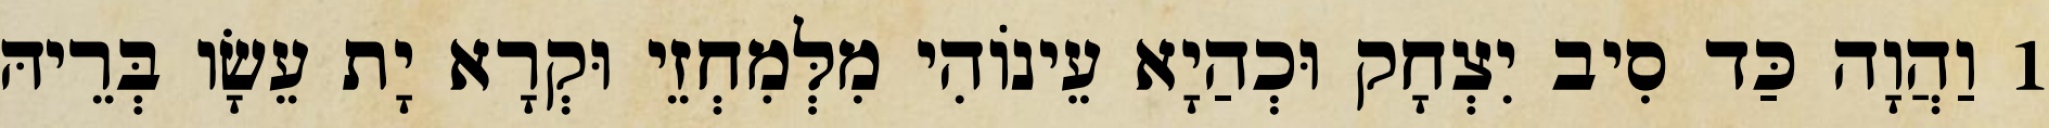
1 וַהֲוָה כַּד סִיב יִצְחָק וּכְהַיָא עֵינוֹהִי מִלְּמִחְזֵי וּקְרָא יָת עֵשָׂו בְּרֵיהּ